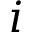
i